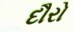
દૌરો